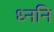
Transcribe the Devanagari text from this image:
ध्ननि